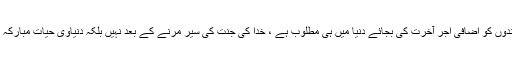
مگر اللہ تعالیٰ کے بندوں کو اضافی اجر آخرت کی بجائے دنیا میں ہی مطلوب ہے ، خدا کی جنت کی سیر مرنے کے بعد نہیں بلکہ دنیاوی حیات مبارکہ میں ہی مطلوب ہے ۔